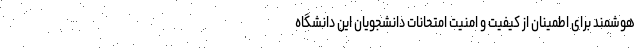
هوشمند برای اطمینان از کیفیت و امنیت امتحانات دانشجویان این دانشگاه